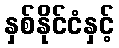
နှစ်နိုင်ငံနှင့်